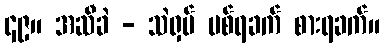
၄၉။ အဆီခဲ - သဲရှပ် ပစ်ရခက် စားရခက်။